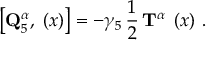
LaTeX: \left[ { \bf Q } _ { 5 } ^ { \alpha } , { \bf \Psi } ( x ) \right] = - \gamma _ { 5 } \, \frac 1 2 \, { \bf T } ^ { \alpha } \, { \bf \Psi } ( x ) \, \, .